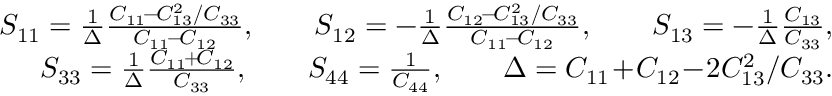
\begin{array} { r l r } & { } & { S _ { 1 1 } = \frac { 1 } { \Delta } \frac { C _ { 1 1 } \! - \! C _ { 1 3 } ^ { 2 } / C _ { 3 3 } } { C _ { 1 1 } \! - \! C _ { 1 2 } } , \qquad S _ { 1 2 } = - \frac { 1 } { \Delta } \frac { C _ { 1 2 } \! - \! C _ { 1 3 } ^ { 2 } / C _ { 3 3 } } { C _ { 1 1 } \! - \! C _ { 1 2 } } , \qquad S _ { 1 3 } = - \frac { 1 } { \Delta } \frac { C _ { 1 3 } } { C _ { 3 3 } } , } \\ & { } & { S _ { 3 3 } = \frac { 1 } { \Delta } \frac { C _ { 1 1 } \! + \! C _ { 1 2 } } { C _ { 3 3 } } , \qquad S _ { 4 4 } = \frac { 1 } { C _ { 4 4 } } , \qquad \Delta = C _ { 1 1 } \! + \! C _ { 1 2 } \! - \! 2 C _ { 1 3 } ^ { 2 } / C _ { 3 3 } . } \end{array}